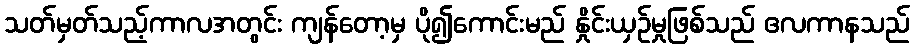
သတ်မှတ်သည့်ကာလအတွင်း ကျန်တော့မှ ပို၍ကောင်းမည် နှိုင်းယှဉ်မှုဖြစ်သည် ဧလကာနသည်